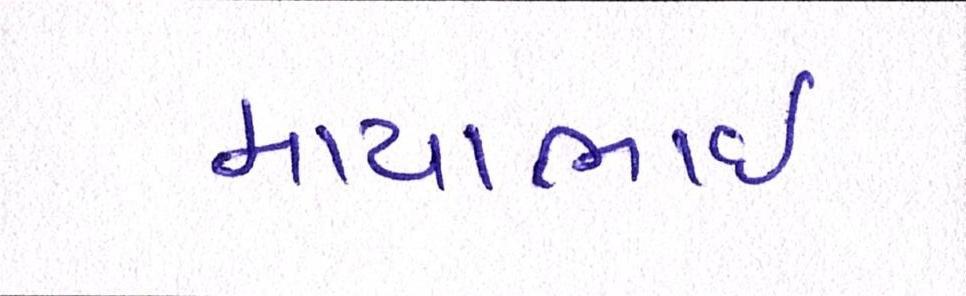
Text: માયાભાઇ